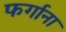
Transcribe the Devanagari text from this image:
फर्गाना